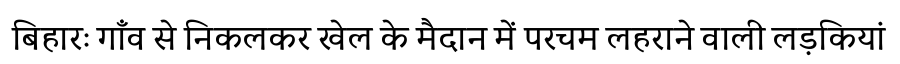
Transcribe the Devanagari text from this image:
बिहारः गाँव से निकलकर खेल के मैदान में परचम लहराने वाली लड़कियां